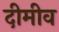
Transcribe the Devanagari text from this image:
दीमीव